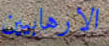
الارهابيين